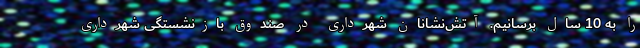
را به 10 سال برسانیم. آتش‌نشانان شهرداری در صندوق بازنشستگی شهرداری